Vaccination Hyderabad 1890-1903 - 1890-1903
Year: 1890
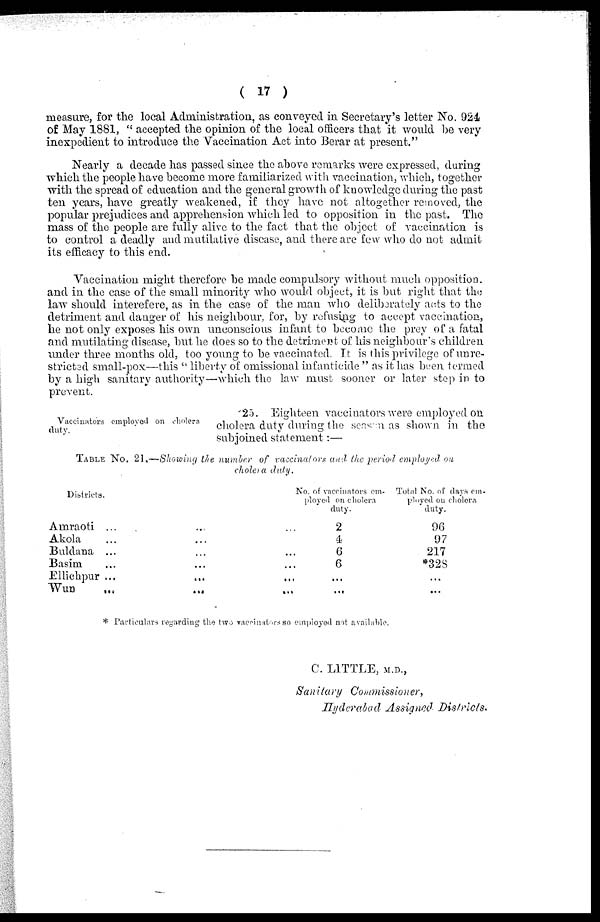
( 17 )
measure, for the local Administration, as conveyed in Secretary's letter No. 924
of May 1881, " accepted the opinion of the local officers that it would be very
inexpedient to introduce the Vaccination Act into Berar at present."
Nearly a decade has passed since the above remarks were expressed, during
which the people have become more familiarized with vaccination, which, together
with the spread of education and the general growth of knowledge during the past
ten years, have greatly weakened, if they have not altogether removed, the
popular prejudices and apprehension which led to opposition in the past. The
mass of the people are fully alive to the fact that the object of vaccination is
to control a deadly and mutilative disease, and there are few who do not admit
its efficacy to this end.
Vaccination might therefore be made compulsory without much opposition.
and in the case of the small minority who would object, it is but right that the
law should interefere, as in the case of the man who deliberately acts to the
detriment and danger of his neighbour, for, by refusing to accept vaccination,
he not only exposes his own unconscious infant to become the prey of a fatal
and mutilating disease, but he does so to the detriment of his neighbour's children
under three months old, too young to be vaccinated. It is this privilege of unre-
stricted small-pox—this " liberty of omissional infanticide " as it has been termed
by a high sanitary authority—which the law must sooner or later step in to
prevent.
Vaccinators employed on cholera
duty.
25. Eighteen vaccinators were employed on
cholera duty during the season as shown in the
subjoined statement:—
TABLE No. 21.—Showing the number of vaccinators and the period employed on
cholera duty.
Districts.
Amraoti ... ... ...
Akola ... ... ...
Buldana ... ... ...
Basim ... ... ...
Ellichpur ... ... ...
Wun ... ... ...
No. of vacciuators em¬
ployed on cholera
duty.
2
4
6
6
...
...
Total No. of days em¬
ployed on cholera
duty.
96
97
217
*328
...
...
* Particulars regarding the two vaccinators so employed not available,
C. LITTLE, M.D.,
Sanitary Commissioner,
Hyderabad Assigned Districts.